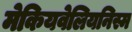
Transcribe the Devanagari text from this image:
मेकियवेलियनिस्म